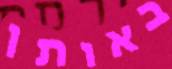
באותן